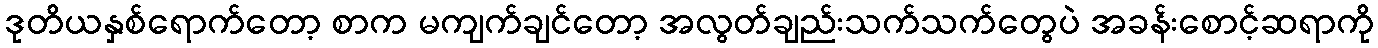
ဒုတိယနှစ်ရောက်တော့ စာက မကျက်ချင်တော့ အလွတ်ချည်းသက်သက်တွေပဲ အခန်းစောင့်ဆရာကို